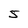
Character: 5